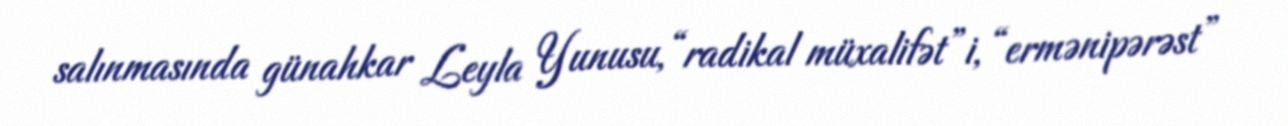
salınmasında günahkar Leyla Yunusu, “radikal müxalifət”i, “ermənipərəst”